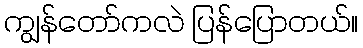
ကျွန်တော်ကလဲ ပြန်ပြောတယ်။